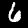
Label: 6